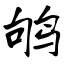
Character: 鸲